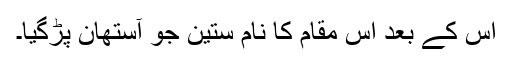
اس کے بعد اس مقام کا نام ستین جو آستھان پڑگیا۔